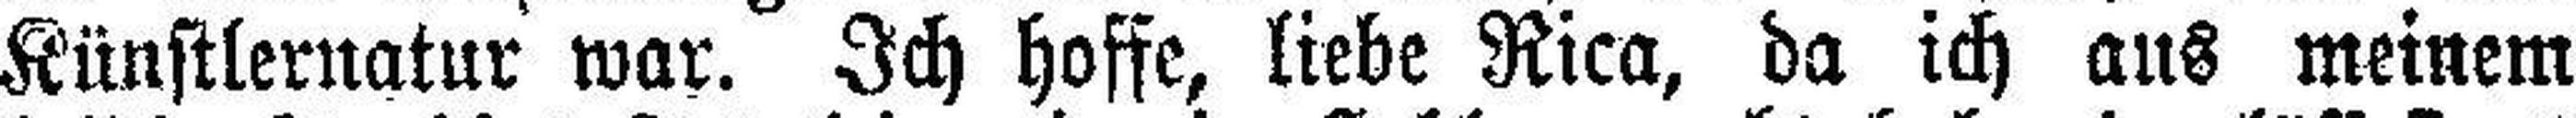
Künstlernatur war. Ich hoffe, liebe Rica, da ich aus meinem